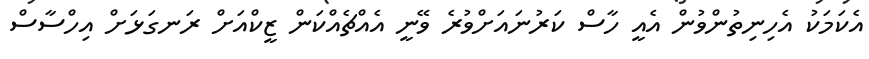
އެކަމަކު އެހިނިތުންވުން އެއީ ހާސް ކަރުނައަށްވުރެ ވޭނީ އެއްޗެއްކަން ޒީކްއަށް ރަނގަޅަށް އިހްސާސް